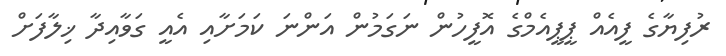
ރުފިޔާގެ ފީއެއް ޕީޕީއެމްގެ އޮފީހުން ނަގަމުން އަންނަ ކަމަށާއި އެއީ ގަވާއިދާ ޚިލާފަށް